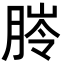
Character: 𦜥